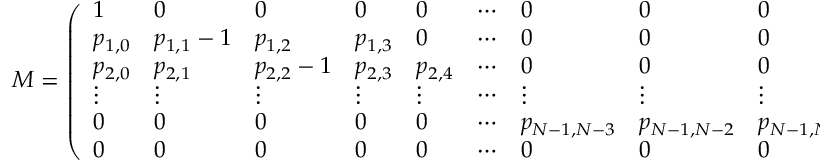
M = \left( \begin{array} { l l l l l l l l l l } { 1 } & { 0 } & { 0 } & { 0 } & { 0 } & { \cdots } & { 0 } & { 0 } & { 0 } & { 0 } \\ { p _ { 1 , 0 } } & { p _ { 1 , 1 } - 1 } & { p _ { 1 , 2 } } & { p _ { 1 , 3 } } & { 0 } & { \cdots } & { 0 } & { 0 } & { 0 } & { 0 } \\ { p _ { 2 , 0 } } & { p _ { 2 , 1 } } & { p _ { 2 , 2 } - 1 } & { p _ { 2 , 3 } } & { p _ { 2 , 4 } } & { \cdots } & { 0 } & { 0 } & { 0 } & { 0 } \\ { \vdots } & { \vdots } & { \vdots } & { \vdots } & { \vdots } & { \cdots } & { \vdots } & { \vdots } & { \vdots } & { \vdots } \\ { 0 } & { 0 } & { 0 } & { 0 } & { 0 } & { \cdots } & { p _ { N - 1 , N - 3 } } & { p _ { N - 1 , N - 2 } } & { p _ { N - 1 , N - 1 } - 1 } & { p _ { N - 1 , N } } \\ { 0 } & { 0 } & { 0 } & { 0 } & { 0 } & { \cdots } & { 0 } & { 0 } & { 0 } & { 1 } \end{array} \right) .